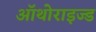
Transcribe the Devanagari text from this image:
ऑथोराइज्ड